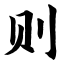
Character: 则